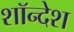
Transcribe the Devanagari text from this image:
शॉन्देश